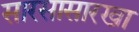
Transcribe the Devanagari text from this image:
सारसासारखा